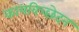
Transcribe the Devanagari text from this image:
कायविच्छेदन